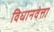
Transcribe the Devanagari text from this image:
विधानवेत्ता